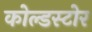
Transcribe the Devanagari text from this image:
कोल्डस्टोर